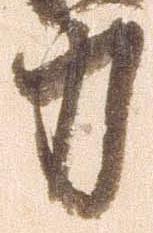
力